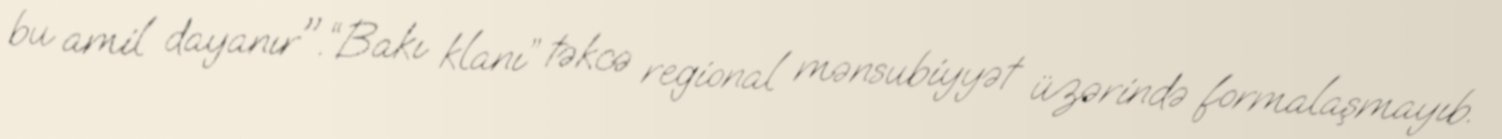
bu amil dayanır".“Bakı klanı” təkcə regional mənsubiyyət üzərində formalaşmayıb.